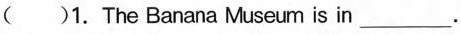
()1. The Banana Museum is in___.